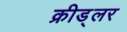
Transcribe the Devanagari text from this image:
क्रीड्लर